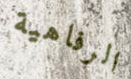
الرفاهية